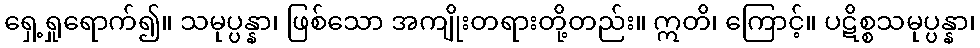
ရှေ့ရှုရောက်၍။ သမုပ္ပန္နာ၊ ဖြစ်သော အကျိုးတရားတို့တည်း။ ဣတိ၊ ကြောင့်။ ပဋိစ္စသမုပ္ပန္နာ၊